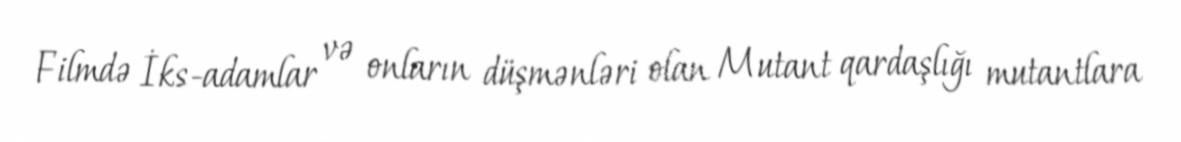
Filmdə İks-adamlar və onların düşmənləri olan Mutant qardaşlığı mutantlara